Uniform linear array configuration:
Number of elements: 48
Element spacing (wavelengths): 0.5
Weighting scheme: hann
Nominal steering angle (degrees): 60
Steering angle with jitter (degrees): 59.917
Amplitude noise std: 0.05
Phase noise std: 0.05

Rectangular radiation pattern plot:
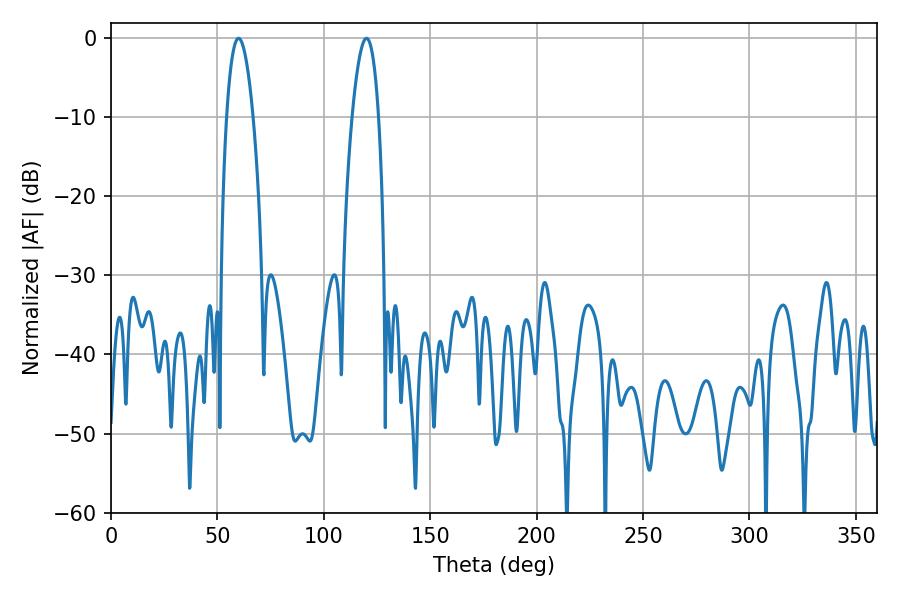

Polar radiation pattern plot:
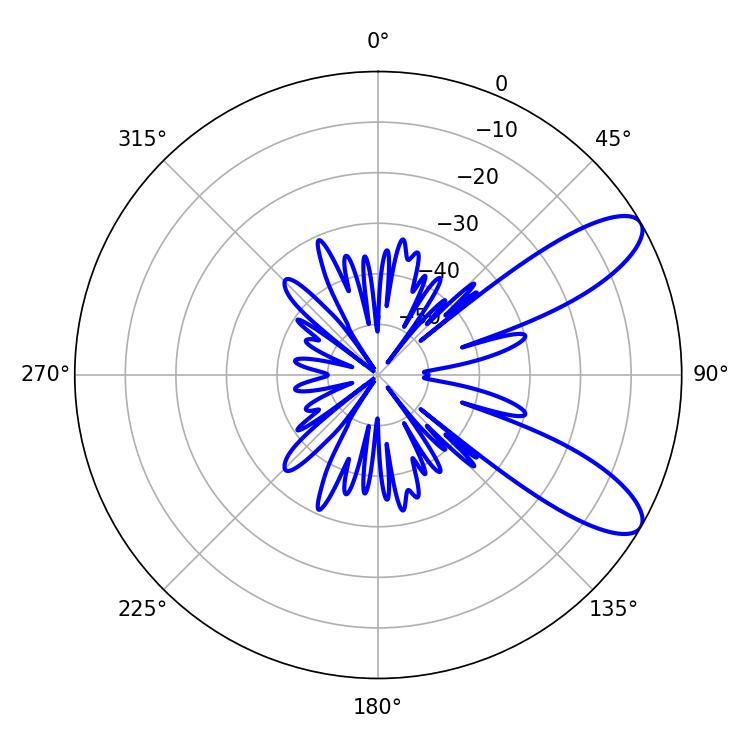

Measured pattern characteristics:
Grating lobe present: FALSE
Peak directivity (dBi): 9.513
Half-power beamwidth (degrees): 6.84
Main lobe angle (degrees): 59.94